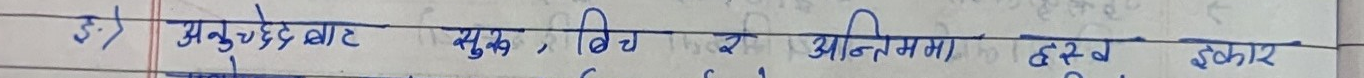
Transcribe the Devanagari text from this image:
३) अनुच्छेदबाट युक्त, विच र अन्तिममा ह्रस्व झेकार